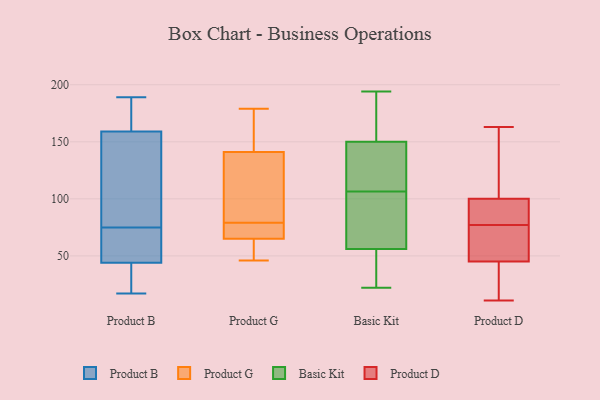
{"axis": {"x": "Inventory Turnover", "y": "Value"}, "legend": ["Basic Kit", "Product B", "Product D", "Product G"], "data": [{"x": "", "y": 52, "type": "Product B"}, {"x": "", "y": 86, "type": "Product B"}, {"x": "", "y": 154, "type": "Product B"}, {"x": "", "y": 21, "type": "Product B"}, {"x": "", "y": 128, "type": "Product B"}, {"x": "", "y": 44, "type": "Product B"}, {"x": "", "y": 58, "type": "Product B"}, {"x": "", "y": 186, "type": "Product B"}, {"x": "", "y": 34, "type": "Product B"}, {"x": "", "y": 154, "type": "Product B"}, {"x": "", "y": 64, "type": "Product B"}, {"x": "", "y": 61, "type": "Product B"}, {"x": "", "y": 185, "type": "Product B"}, {"x": "", "y": 159, "type": "Product B"}, {"x": "", "y": 173, "type": "Product B"}, {"x": "", "y": 21, "type": "Product B"}, {"x": "", "y": 189, "type": "Product B"}, {"x": "", "y": 17, "type": "Product B"}, {"x": "", "y": 169, "type": "Product G"}, {"x": "", "y": 65, "type": "Product G"}, {"x": "", "y": 74, "type": "Product G"}, {"x": "", "y": 46, "type": "Product G"}, {"x": "", "y": 65, "type": "Product G"}, {"x": "", "y": 46, "type": "Product G"}, {"x": "", "y": 179, "type": "Product G"}, {"x": "", "y": 84, "type": "Product G"}, {"x": "", "y": 141, "type": "Product G"}, {"x": "", "y": 100, "type": "Product G"}, {"x": "", "y": 169, "type": "Basic Kit"}, {"x": "", "y": 150, "type": "Basic Kit"}, {"x": "", "y": 187, "type": "Basic Kit"}, {"x": "", "y": 103, "type": "Basic Kit"}, {"x": "", "y": 68, "type": "Basic Kit"}, {"x": "", "y": 124, "type": "Basic Kit"}, {"x": "", "y": 110, "type": "Basic Kit"}, {"x": "", "y": 30, "type": "Basic Kit"}, {"x": "", "y": 22, "type": "Basic Kit"}, {"x": "", "y": 194, "type": "Basic Kit"}, {"x": "", "y": 91, "type": "Basic Kit"}, {"x": "", "y": 134, "type": "Basic Kit"}, {"x": "", "y": 121, "type": "Basic Kit"}, {"x": "", "y": 54, "type": "Basic Kit"}, {"x": "", "y": 56, "type": "Basic Kit"}, {"x": "", "y": 65, "type": "Basic Kit"}, {"x": "", "y": 160, "type": "Basic Kit"}, {"x": "", "y": 46, "type": "Basic Kit"}, {"x": "", "y": 33, "type": "Product D"}, {"x": "", "y": 57, "type": "Product D"}, {"x": "", "y": 75, "type": "Product D"}, {"x": "", "y": 125, "type": "Product D"}, {"x": "", "y": 111, "type": "Product D"}, {"x": "", "y": 79, "type": "Product D"}, {"x": "", "y": 87, "type": "Product D"}, {"x": "", "y": 144, "type": "Product D"}, {"x": "", "y": 65, "type": "Product D"}, {"x": "", "y": 11, "type": "Product D"}, {"x": "", "y": 163, "type": "Product D"}, {"x": "", "y": 11, "type": "Product D"}, {"x": "", "y": 62, "type": "Product D"}, {"x": "", "y": 17, "type": "Product D"}, {"x": "", "y": 88, "type": "Product D"}, {"x": "", "y": 89, "type": "Product D"}]}